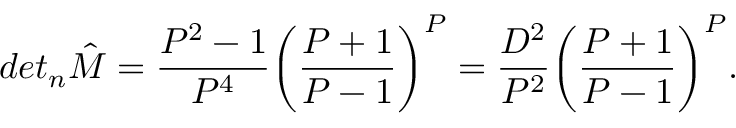
d e t _ { n } { \hat { M } } = \frac { P ^ { 2 } - 1 } { P ^ { 4 } } \bigg ( \frac { P + 1 } { P - 1 } \bigg ) ^ { P } = \frac { D ^ { 2 } } { P ^ { 2 } } \bigg ( \frac { P + 1 } { P - 1 } \bigg ) ^ { P } .